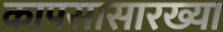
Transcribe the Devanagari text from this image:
कापसासारख्या